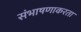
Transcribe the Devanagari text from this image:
संभाषणाकरता